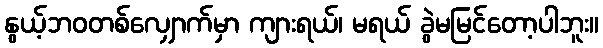
နွယ့်ဘဝတစ်လျှောက်မှာ ကျားရယ်၊ မရယ် ခွဲမမြင်တော့ပါဘူး။